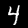
Label: 4